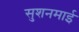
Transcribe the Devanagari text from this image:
सुशनमाई